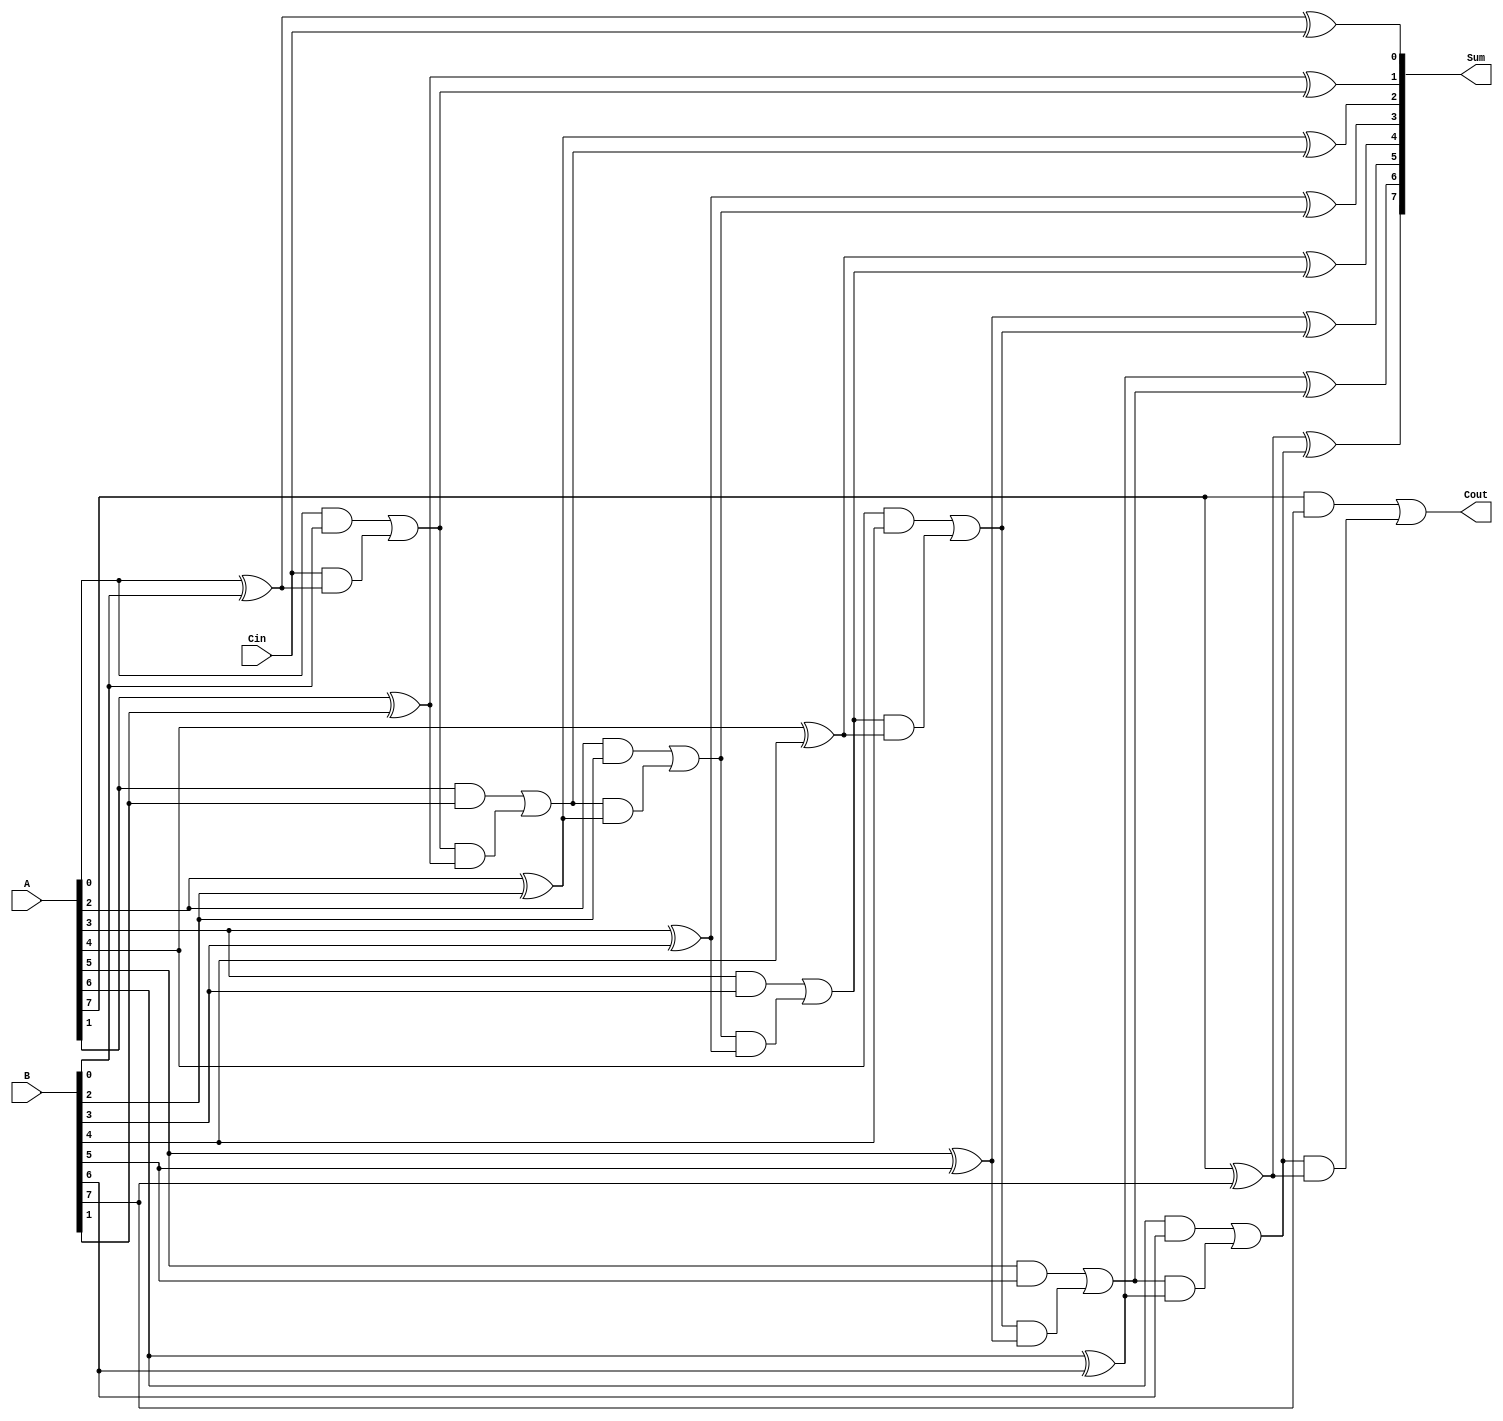
module ManchesterCarryChainAdder #(parameter N = 8) (
    input  wire [N-1:0] A,       // First operand
    input  wire [N-1:0] B,       // Second operand
    input  wire Cin,              // Carry-in
    output wire [N-1:0] Sum,      // Sum output
    output wire Cout              // Carry-out
);

    wire [N:0] carry; // Carry signals (N+1 for carry-out)
    
    // Generate carry signals
    assign carry[0] = Cin; // Initial carry-in

    genvar i;
    generate
        for (i = 0; i < N; i = i + 1) begin : carry_gen
            // Carry generation
            assign carry[i+1] = (A[i] & B[i]) | (carry[i] & (A[i] ^ B[i]));
            // Sum calculation
            assign Sum[i] = A[i] ^ B[i] ^ carry[i];
        end
    endgenerate

    // Final carry-out
    assign Cout = carry[N];

endmodule